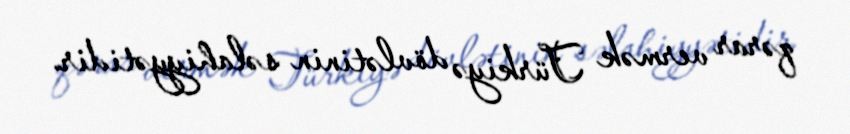
qərar vermək Türkiyə dövlətinin səlahiyyətidir.